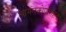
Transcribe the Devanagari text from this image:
स्यमंतकोपाख्यान